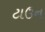
ટાઉન